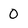
Character: 0